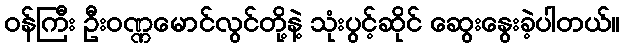
ဝန်ကြီး ဦးဝဏ္ဏမောင်လွင်တို့နဲ့ သုံးပွင့်ဆိုင် ဆွေးနွေးခဲ့ပါတယ်။